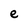
Character: e